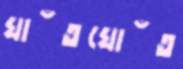
ঘাঁতঘোঁত